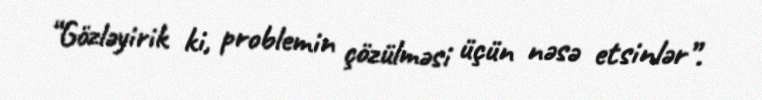
“Gözləyirik ki, problemin çözülməsi üçün nəsə etsinlər”.